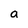
Character: a